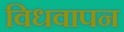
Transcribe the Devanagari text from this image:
विधवापन